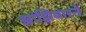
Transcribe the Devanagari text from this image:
झांझिबारने